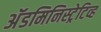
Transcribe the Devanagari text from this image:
अॅडमिनिस्ट्रेटिव्ह